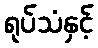
ရုပ်သံနှင့်